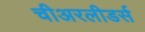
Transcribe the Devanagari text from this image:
चीअरलीडर्स